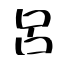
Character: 呂